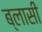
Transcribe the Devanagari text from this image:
ब्लासी